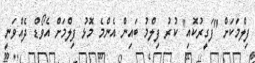
ފިލްމަކަށް "ފަގީރުކޮއި" ކުރު ފިލްމު ބައިން އެންމެ މޮޅު ފިލްމަށް އެވޯޑް ދެއްވަނީ